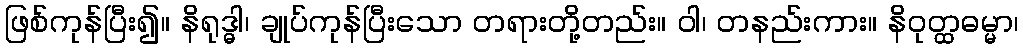
ဖြစ်ကုန်ပြီး၍။ နိရုဒ္ဓါ၊ ချုပ်ကုန်ပြီးသော တရားတို့တည်း။ ဝါ၊ တနည်းကား။ နိဝုတ္ထဓမ္မာ၊